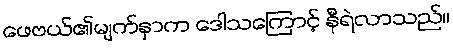
ဖေဗယ်၏မျက်နှာက ဒေါသကြောင့် နီရဲလာသည်။